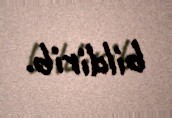
bildirib.